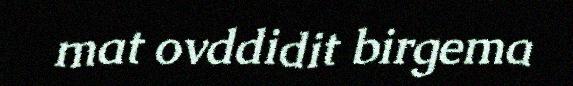
mat ovddidit birgema